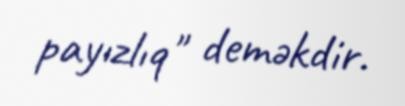
payızlıq" deməkdir.